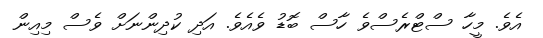
އެވެ. މީހާ ސްޓްރެސްވެ ހާސް ބޮޑު ވެއެވެ. އަދި ކުދިންނަށް ވެސް މިއިން